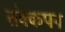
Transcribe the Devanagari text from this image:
तंक्कपन